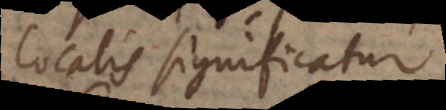
localis significatur.